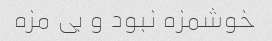
خوشمزه نبود و بی مزه